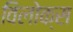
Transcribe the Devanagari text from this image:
विलोक्स